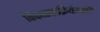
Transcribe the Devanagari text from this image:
विकासप्रक्रियेसाठी